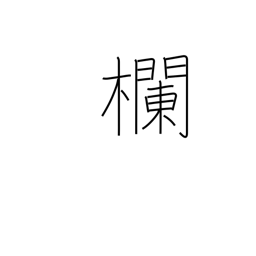
Meaning: blank